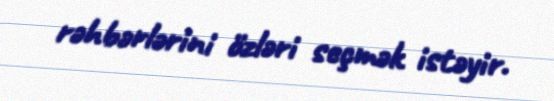
rəhbərlərini özləri seçmək istəyir.